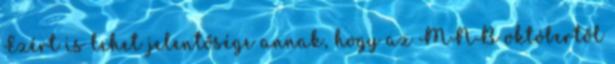
Ezért is lehet jelentősége annak, hogy az MNB októbertől